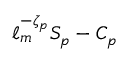
\ell _ { m } ^ { - \zeta _ { p } } S _ { p } - C _ { p }